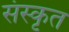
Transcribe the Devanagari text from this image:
संस्कृत